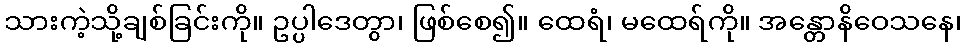
သားကဲ့သို့ချစ်ခြင်းကို။ ဥပ္ပါဒေတွာ၊ ဖြစ်စေ၍။ ထေရံ၊ မထေရ်ကို။ အန္တောနိဝေသနေ၊